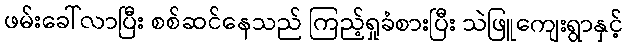
ဖမ်းခေါ်လာပြီး စစ်ဆင်နေသည် ကြည့်ရှုခံစားပြီး သဲဖြူကျေးရွာနှင့်